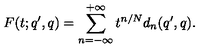
F ( t ; q ^ { \prime } , q ) = \sum _ { n = - \infty } ^ { + \infty } t ^ { n / N } d _ { n } ( q ^ { \prime } , q ) .